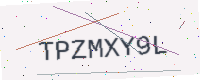
Text: TPZMXY9L